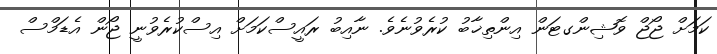
ކަމަށް ޖޯޖް ވޮޝިންގޓަން އިންތިޚާބު ކުރެވުނެވެ. ނާއިބު ރައީސްކަމަށް އިސްކުރެވުނީ ޖޯން އެޑަމްސް